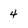
Character: 4